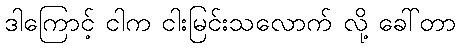
ဒါကြောင့် ငါက ငါးမြင်းသလောက် လို့ ခေါ်တာ